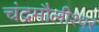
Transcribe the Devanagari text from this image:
चंद्रमौलीश्वर